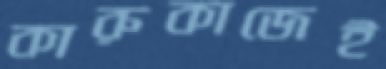
কারুকাজেই